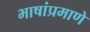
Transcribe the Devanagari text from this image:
भाषांप्रमाणे